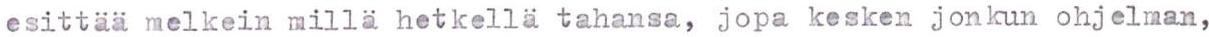
esittää melkein millä hetkellä tahansa,  jopa kesken jonkun ohjelman,